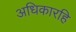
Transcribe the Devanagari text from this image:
अधिकारहि